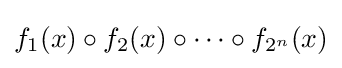
f_{1}(x)\circ f_{2}(x)\circ \dots \circ f_{2^{n}}(x)